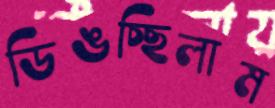
ডিঙচ্ছিলাম